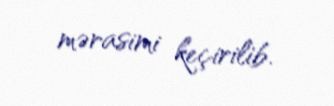
mərasimi keçirilib.